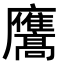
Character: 𭚑